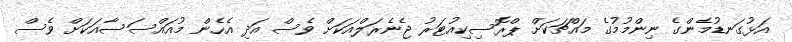
އަޅުގަނޑުމެންގެ ނިންމުމުގެ މައްޗަކަށް ޕްރޮސިކިއުޓަރު ޖެނެރަލްއަކަށް ވެސް އަދި އެހެން މުއައްސަސާއަކަށް ވެސް